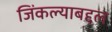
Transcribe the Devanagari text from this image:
जिंकल्याबद्दल